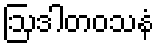
ဩဒါတဝသနံ